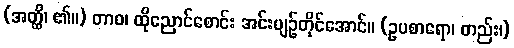
(အတ္ထိ၊ ၏။) တာဝ၊ ထိုညောင်စောင်း အင်းပျဉ်တိုင်အောင်။ (ဥပစာရော၊ တည်း၊)